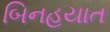
બિનહયાત